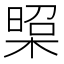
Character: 𭫁